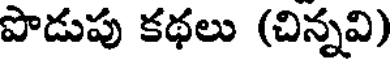
పొడుపు కథలు (చిన్నవి)